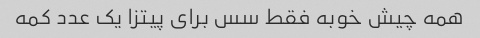
همه چیش خوبه فقط سس برای پیتزا یک عدد کمه